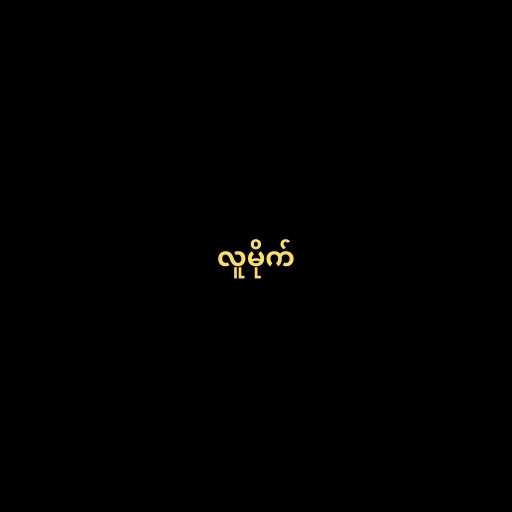
လူမိုက်